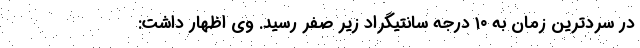
در سردترین زمان به ۱۰ درجه سانتیگراد زیر صفر رسید. وی اظهار داشت: